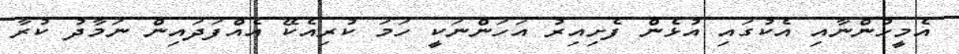
އެމީހުންނާއި އެކުގައި އުޅެން ފެށިއިރު އަހަންނަކީ ހަމަ ކުރިއެކޭ އެއްފަދައިން ނަމާދު ކުރާ